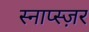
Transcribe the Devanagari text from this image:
स्नाप्स्ज़र